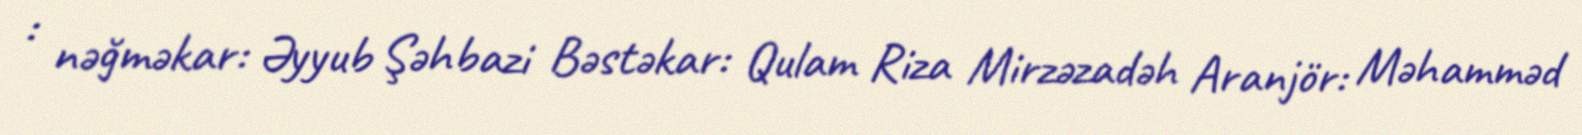
: nəğməkar: Əyyub Şəhbazi Bəstəkar: Qulam Riza Mirzəzadəh Aranjör: Məhamməd